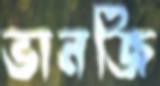
ভানজি